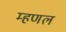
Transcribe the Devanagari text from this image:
म्‍हणल